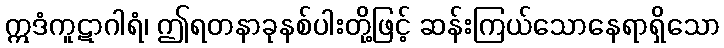
ဣဒံကူဋာဂါရံ၊ ဤရတနာခုနစ်ပါးတို့ဖြင့် ဆန်းကြယ်သောနေရာရှိသော